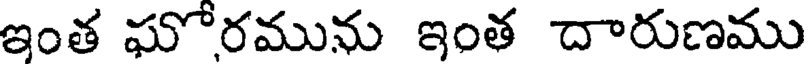
ఇంత ఘోరమును ఇంత దారుణము